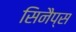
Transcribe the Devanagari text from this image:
सिनैप्स